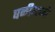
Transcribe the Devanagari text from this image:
घळीमध्ये